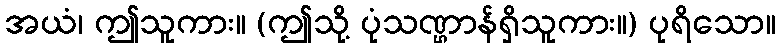
အယံ၊ ဤသူကား။ (ဤသို့ ပုံသဏ္ဌာန်ရှိသူကား။) ပုရိသော။